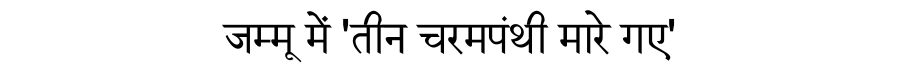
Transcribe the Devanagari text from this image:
जम्मू में 'तीन चरमपंथी मारे गए'